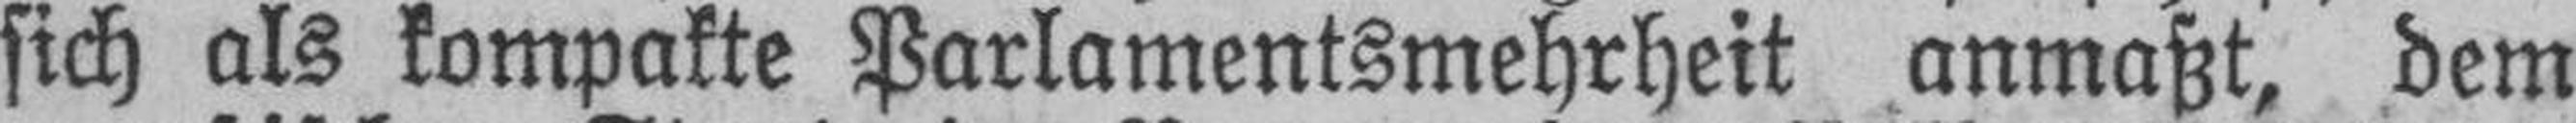
sich als kompakte Parlamentsmehrheit anmaßt, dem